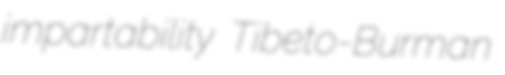
impartability Tibeto-Burman